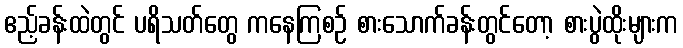
ဧည့်ခန်းထဲတွင် ပရိသတ်တွေ ကနေကြစဉ် စားသောက်ခန်းတွင်တော့ စားပွဲထိုးများက